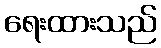
ရေးထားသည်